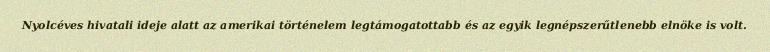
Nyolcéves hivatali ideje alatt az amerikai történelem legtámogatottabb és az egyik legnépszerűtlenebb elnöke is volt.